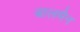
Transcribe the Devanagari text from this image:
बालमैन